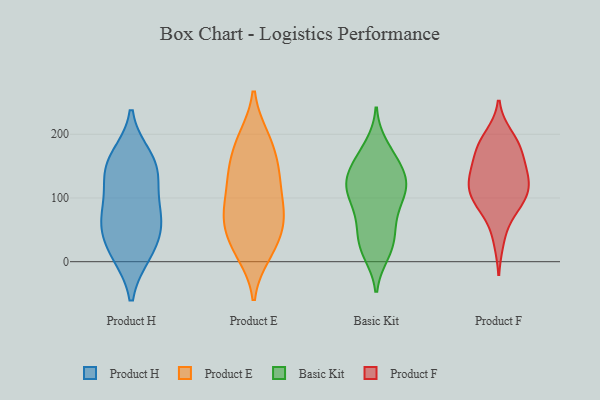
{"axis": {"x": "Gross Profit (USD K)", "y": "Value"}, "legend": ["Basic Kit", "Product E", "Product F", "Product H"], "data": [{"x": "", "y": 69, "type": "Product H"}, {"x": "", "y": 148, "type": "Product H"}, {"x": "", "y": 147, "type": "Product H"}, {"x": "", "y": 130, "type": "Product H"}, {"x": "", "y": 14, "type": "Product H"}, {"x": "", "y": 43, "type": "Product H"}, {"x": "", "y": 163, "type": "Product H"}, {"x": "", "y": 14, "type": "Product H"}, {"x": "", "y": 77, "type": "Product H"}, {"x": "", "y": 73, "type": "Product H"}, {"x": "", "y": 136, "type": "Product E"}, {"x": "", "y": 111, "type": "Product E"}, {"x": "", "y": 61, "type": "Product E"}, {"x": "", "y": 145, "type": "Product E"}, {"x": "", "y": 41, "type": "Product E"}, {"x": "", "y": 195, "type": "Product E"}, {"x": "", "y": 102, "type": "Product E"}, {"x": "", "y": 66, "type": "Product E"}, {"x": "", "y": 67, "type": "Product E"}, {"x": "", "y": 18, "type": "Product E"}, {"x": "", "y": 77, "type": "Product E"}, {"x": "", "y": 12, "type": "Product E"}, {"x": "", "y": 77, "type": "Product E"}, {"x": "", "y": 194, "type": "Product E"}, {"x": "", "y": 148, "type": "Product E"}, {"x": "", "y": 187, "type": "Product E"}, {"x": "", "y": 143, "type": "Product E"}, {"x": "", "y": 19, "type": "Product E"}, {"x": "", "y": 25, "type": "Basic Kit"}, {"x": "", "y": 120, "type": "Basic Kit"}, {"x": "", "y": 167, "type": "Basic Kit"}, {"x": "", "y": 161, "type": "Basic Kit"}, {"x": "", "y": 93, "type": "Basic Kit"}, {"x": "", "y": 81, "type": "Basic Kit"}, {"x": "", "y": 57, "type": "Basic Kit"}, {"x": "", "y": 123, "type": "Basic Kit"}, {"x": "", "y": 111, "type": "Basic Kit"}, {"x": "", "y": 14, "type": "Basic Kit"}, {"x": "", "y": 115, "type": "Basic Kit"}, {"x": "", "y": 181, "type": "Basic Kit"}, {"x": "", "y": 32, "type": "Basic Kit"}, {"x": "", "y": 149, "type": "Basic Kit"}, {"x": "", "y": 138, "type": "Basic Kit"}, {"x": "", "y": 60, "type": "Basic Kit"}, {"x": "", "y": 128, "type": "Basic Kit"}, {"x": "", "y": 110, "type": "Basic Kit"}, {"x": "", "y": 20, "type": "Basic Kit"}, {"x": "", "y": 169, "type": "Product F"}, {"x": "", "y": 126, "type": "Product F"}, {"x": "", "y": 130, "type": "Product F"}, {"x": "", "y": 168, "type": "Product F"}, {"x": "", "y": 95, "type": "Product F"}, {"x": "", "y": 132, "type": "Product F"}, {"x": "", "y": 125, "type": "Product F"}, {"x": "", "y": 190, "type": "Product F"}, {"x": "", "y": 198, "type": "Product F"}, {"x": "", "y": 106, "type": "Product F"}, {"x": "", "y": 34, "type": "Product F"}, {"x": "", "y": 149, "type": "Product F"}, {"x": "", "y": 104, "type": "Product F"}, {"x": "", "y": 77, "type": "Product F"}, {"x": "", "y": 181, "type": "Product F"}, {"x": "", "y": 89, "type": "Product F"}]}